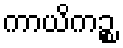
ကာယိကဉ္စ